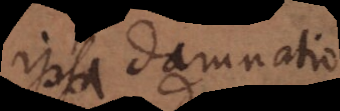
ipsa damnatio.